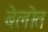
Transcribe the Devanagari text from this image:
बेलोत